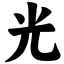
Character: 光